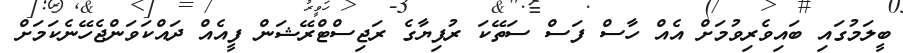
ބީލަމުގައި ބައިވެރިވުމަށް އެއް ހާސް ފަސް ސަތޭކަ ރުފިޔާގެ ރަޖިސްޓްރޭޝަން ފީއެއް ދައްކަވަންޖެހޭނެކަމަށް